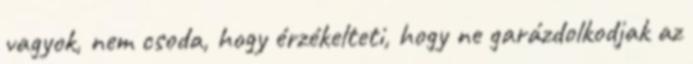
vagyok, nem csoda, hogy érzékelteti, hogy ne garázdolkodjak az